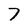
Character: 7